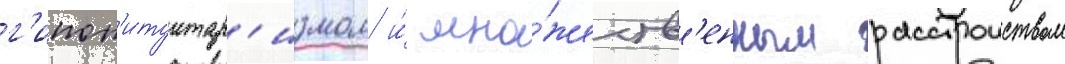
г'ипоп'итуитар'измом и́ мно́жеств'енным расстроиством